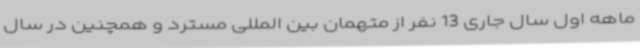
ماهه اول سال جاری 13 نفر از متهمان بین المللی مسترد و همچنین در سال